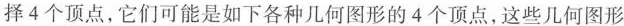
择4个顶点，它们可能是如下各种几何图形的4个顶点，这些几何图形